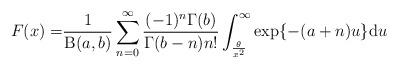
LaTeX: \begin{align*}F(x)=&\frac{1}{\operatorname{B}(a,b)}\sum^{\infty}_{n=0}\frac{(-1)^n\Gamma (b)}{\Gamma(b-n)n!}\int^{\infty}_{\frac{\theta}{x^2}}\exp\{-(a+n)u\}\mathrm{d}u\end{align*}